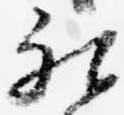
被